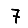
Digit: 7